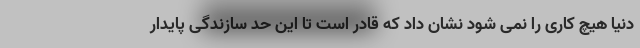
دنیا هیچ کاری را نمی شود نشان داد که قادر است تا این حد سازندگی پایدار